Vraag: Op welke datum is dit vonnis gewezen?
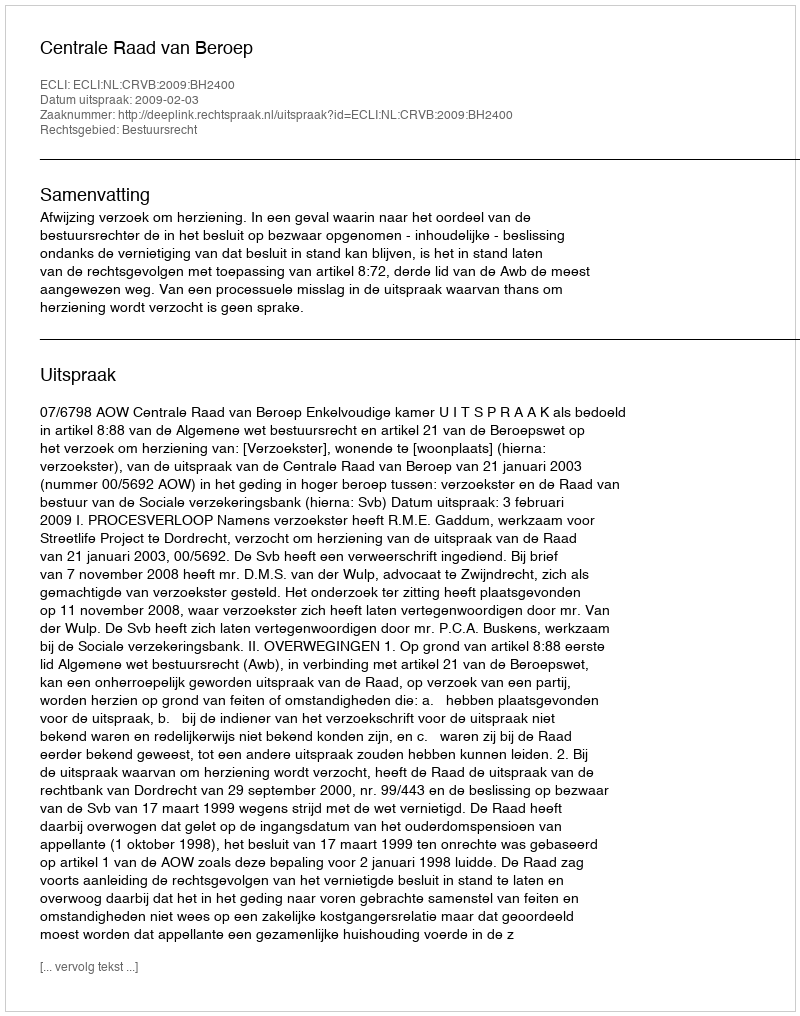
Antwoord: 2009-02-03